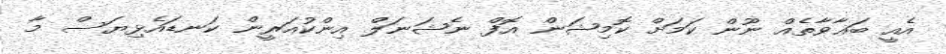
އެއީ ބަޣާވާތެއް ނޫން ކަމަށް ކޮމިޝަން އޮފް ނެޝަނަލް އިންކުއަރީން ކަނޑައެޅިޔަސް މާ